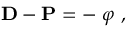
\mathbf { D - P = - \nabla } \varphi \ ,